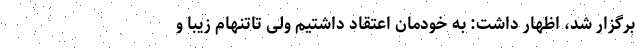
برگزار شد، اظهار داشت: به خودمان اعتقاد داشتیم ولی تاتنهام زیبا و